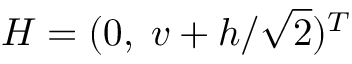
H = ( 0 , \; v + h / \sqrt { 2 } ) ^ { T }